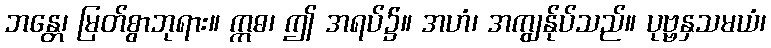
ဘန္တေ၊ မြတ်စွာဘုရား။ ဣဓ၊ ဤ အရပ်၌။ အဟံ၊ အကျွန်ုပ်သည်။ ပုဗ္ဗနှသမယံ၊